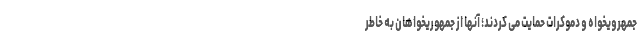
جمهرویخواه و دموکرات حمایت می کردند؛ آنها از جمهوریخواهان به خاطر